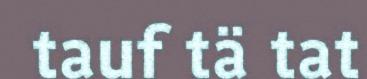
tauf tä tat